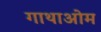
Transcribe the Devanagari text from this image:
गाथाओम